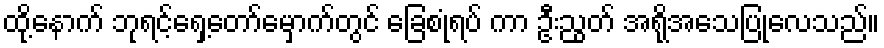
ထို့နောက် ဘုရင့်ရှေ့တော်မှောက်တွင် ခြေစုံရပ် ကာ ဦးညွတ် အရိုအသေပြုလေသည်။